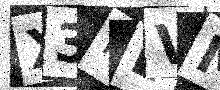
Text: X3PEVM